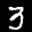
Label: 3